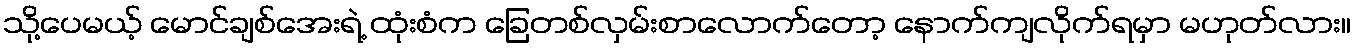
သို့ပေမယ့် မောင်ချစ်အေးရဲ့ ထုံးစံက ခြေတစ်လှမ်းစာလောက်တော့ နောက်ကျလိုက်ရမှာ မဟုတ်လား။